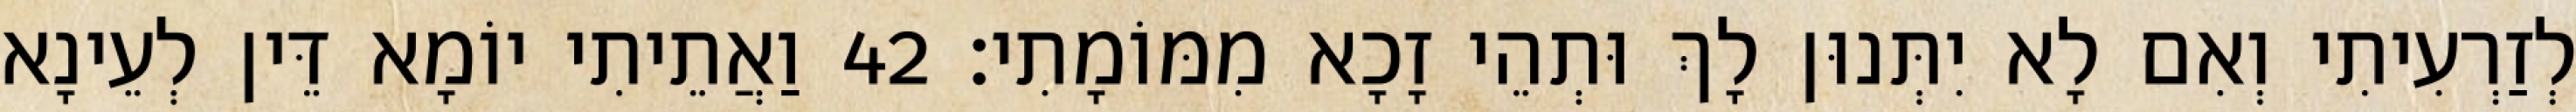
לְזַרְעִיתִי וְאִם לָא יִתְּנוּן לָךְ וּתְהֵי זָכָא מִמּוֹמָתִי׃ 42 וַאֲתֵיתִי יוֹמָא דֵּין לְעֵינָא